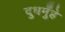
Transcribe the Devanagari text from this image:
दुधमुँहे